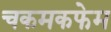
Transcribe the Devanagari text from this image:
चकमकफेम